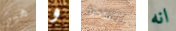
هيز و للشاحنة انه